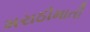
મરાઠીમાતી